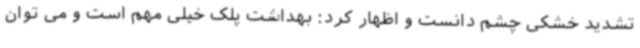
تشدید خشکی چشم دانست و اظهار کرد: بهداشت پلک خیلی مهم است و می توان